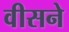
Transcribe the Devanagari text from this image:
वीसने